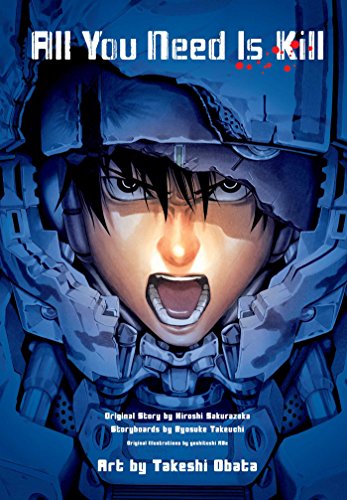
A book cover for All You Need is Kill (manga): 2-in-1 Edition; Ryosuke Takeuchi; Comics & Graphic Novels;